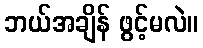
ဘယ်အချိန် ဖွင့်မလဲ။